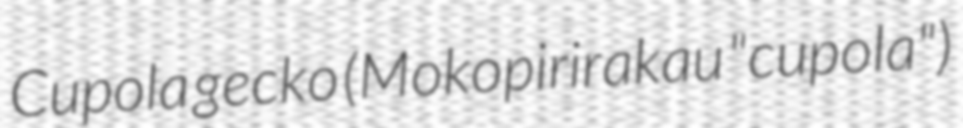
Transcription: Cupola gecko (Mokopirirakau "cupola")